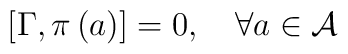
\left[ \Gamma ,\pi \left( a\right) \right] =0,\quad \forall a\in \mathcal{A}